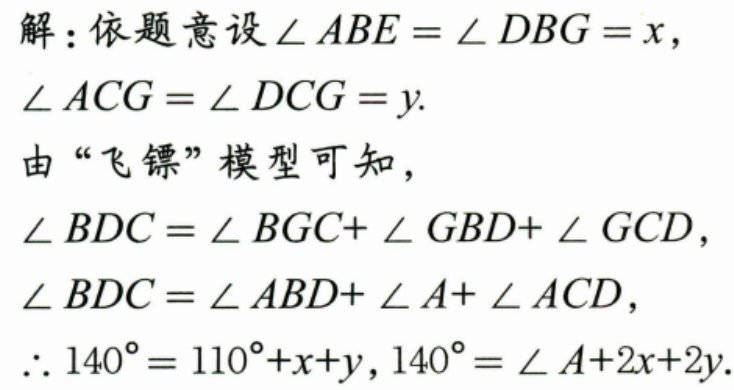
解：依题意设\(\angle ABE = \angle DBG = x\)，
\(\angle ACG = \angle DCG = y\).
由“飞镖”模型可知，
\(\angle BDC = \angle BGC+\angle GBD+\angle GCD\)，
\(\angle BDC = \angle ABD+\angle A+\angle ACD\)，
\(\therefore 140^{\circ}=110^{\circ}+x + y\)，\(140^{\circ}=\angle A + 2x + 2y\).